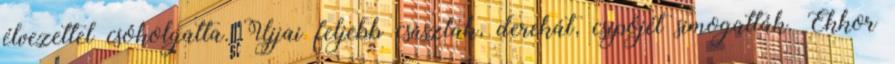
élvezettel csókolgatta. Ujjai feljebb csúsztak, derekát, csípőjét simogatták. Ekkor